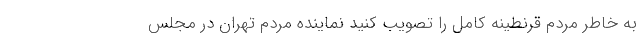
به خاطر مردم قرنطینه کامل را تصویب کنید نماینده مردم تهران در مجلس